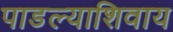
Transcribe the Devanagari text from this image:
पाडल्याशिवाय